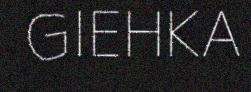
GIEHKA